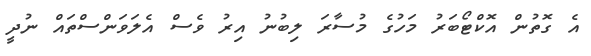
އެ ގޮތުން އޮކްޓޯބަރު މަހުގެ މުސާރަ ލިބުނު އިރު ވެސް އެލަވަންސްތައް ނުދީ